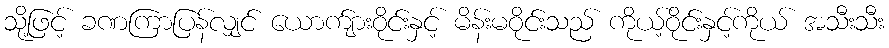
သို့ဖြင့် ခဏကြာပြန်လျှင် ယောက်ျားဝိုင်းနှင့် မိန်းမဝိုင်းသည် ကိုယ့်ဝိုင်းနှင့်ကိုယ် အသီးသီး